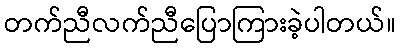
တက်ညီလက်ညီပြောကြားခဲ့ပါတယ်။